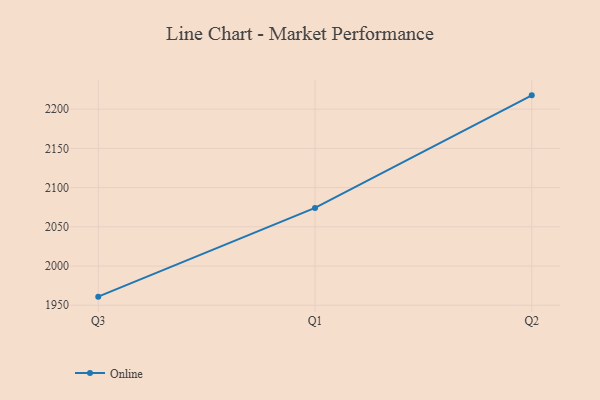
{"axis": {"x": "Quarter", "y": "Customer Acquisition Cost (USD)"}, "legend": ["Online"], "data": [{"x": "Q3", "y": 1961.0, "type": "Online"}, {"x": "Q1", "y": 2074.1, "type": "Online"}, {"x": "Q2", "y": 2217.6, "type": "Online"}]}